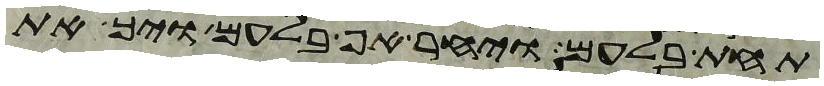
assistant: תחת בלעם ויחר אף בלעם ויך את